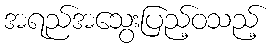
အရည်အသွေးပြည့်ဝသည့်